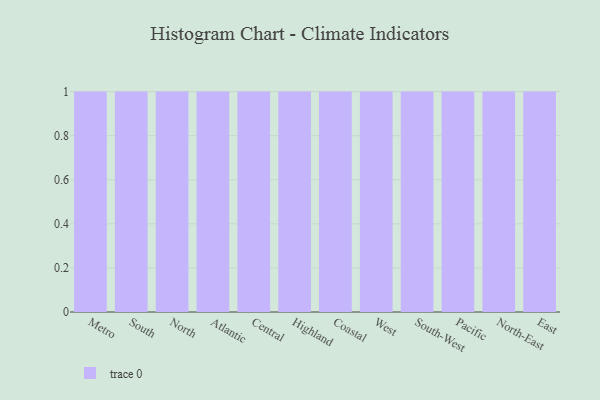
{"axis": {"x": "Region", "y": "Temperature (°C)"}, "legend": [""], "data": [{"x": "Metro", "y": 76, "type": ""}, {"x": "South", "y": 68, "type": ""}, {"x": "North", "y": 88, "type": ""}, {"x": "Atlantic", "y": 4, "type": ""}, {"x": "Central", "y": 42, "type": ""}, {"x": "Highland", "y": 72, "type": ""}, {"x": "Coastal", "y": 61, "type": ""}, {"x": "West", "y": 59, "type": ""}, {"x": "South-West", "y": 88, "type": ""}, {"x": "Pacific", "y": 18, "type": ""}, {"x": "North-East", "y": 6, "type": ""}, {"x": "East", "y": 41, "type": ""}]}